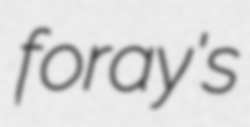
foray's